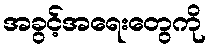
အခွင့်အရေးတွေကို